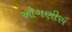
ઑગણીસ